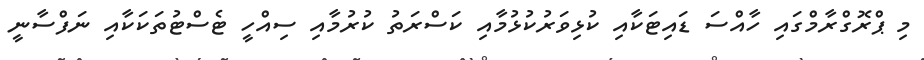
މި ޕްރޮގްރާމްގައި ހާއްސަ ޑައިޓަކާއި ކުޅިވަރުކުޅުމާއި ކަސްރަތު ކުރުމާއި ސިއްހީ ޓެސްޓުތަކަކާއި ނަފްސާނީ